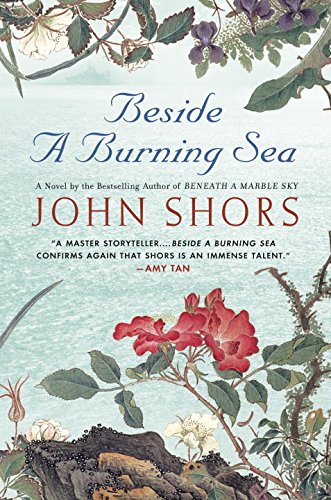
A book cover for Beside a Burning Sea; John Shors; Literature & Fiction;